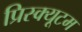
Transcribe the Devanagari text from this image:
प्रिस्क्यूटम